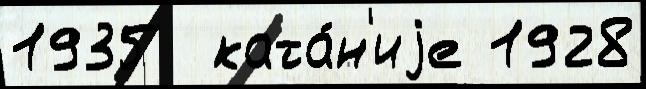
1935  ката́н'иjе 1928